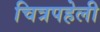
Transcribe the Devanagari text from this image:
चित्रपहेली